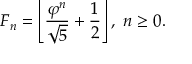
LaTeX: F _ { n } = \left\lfloor { \frac { \varphi ^ { n } } { \sqrt { 5 } } } + { \frac { 1 } { 2 } } \right\rfloor , \ n \geq 0 .